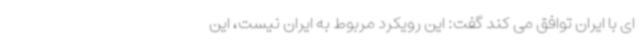
ای با ایران توافق می کند گفت: این رویکرد مربوط به ایران نیست، این